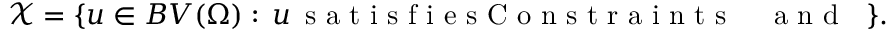
\mathcal X = \{ u \in B V ( \Omega ) : \, u \, \mathrm { ~ s ~ a ~ t ~ i ~ s ~ f ~ i ~ e ~ s ~ C ~ o ~ n ~ s ~ t ~ r ~ a ~ i ~ n ~ t ~ s ~ ~ ~ ~ ~ a ~ n ~ d ~ ~ ~ } \} .